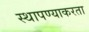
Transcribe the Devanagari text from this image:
स्थापण्याकरता